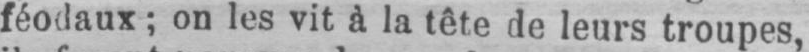
féodaux; on les vit à la tête de leurs troupes